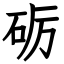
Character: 砺